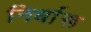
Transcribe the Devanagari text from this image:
निर्धारू